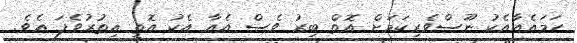
ހަމައެއާއެކު ނޫސްވެރިިކަމަށް އޮތް ބިރު ވެސް އެއާ އެކު އޮޮތީ އިތުރުވެފަ އެވެ.